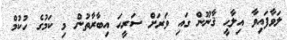
ލަވާފައިވާ އިލާޙީ ޤާނޫން ގައި ވަރަށް ސަރީޙަ އިބާރާތުން މި ކަމުގެ ހުކުމް